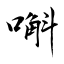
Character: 嘝